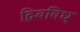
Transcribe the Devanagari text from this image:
द्विवविध्